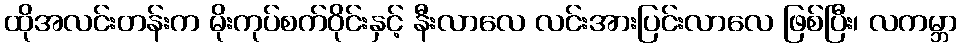
ထိုအလင်းတန်းက မိုးကုပ်စက်ဝိုင်းနှင့် နီးလာလေ လင်းအားပြင်းလာလေ ဖြစ်ပြီး၊ လကမ္ဘာ